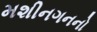
મશીનગનનો